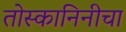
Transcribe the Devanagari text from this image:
तोस्कानिनीचा